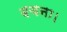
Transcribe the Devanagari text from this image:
बचना।